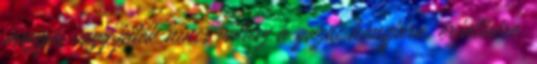
mozgás vagy játék nincs válasz a gazdi hangjára, érintésére,